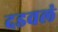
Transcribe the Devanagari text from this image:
दडवलं